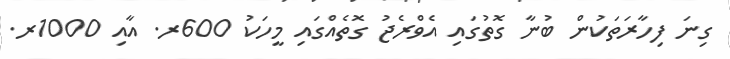
ގިނަ ފިހާރަތަކުން ބުނާ ގޮތުގައި އެވްރެޖު ގޮތެއްގައި މީހަކު 600ރ. އާއި 1000ރ.